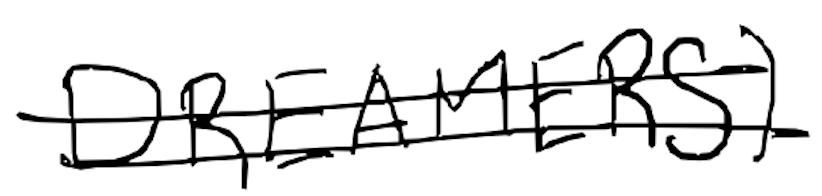
Text: DREAMERS)
Cross-out: double-line
Writing tool: digital_black